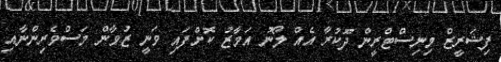
ފިޝަރީޒް މިނިސްޓްރީން ދޫކުރާ އެއް ލޯނު އަމާޒު ކޮށްފައި ވަނީ ޒުވާން މަސްވެރިންނާއި